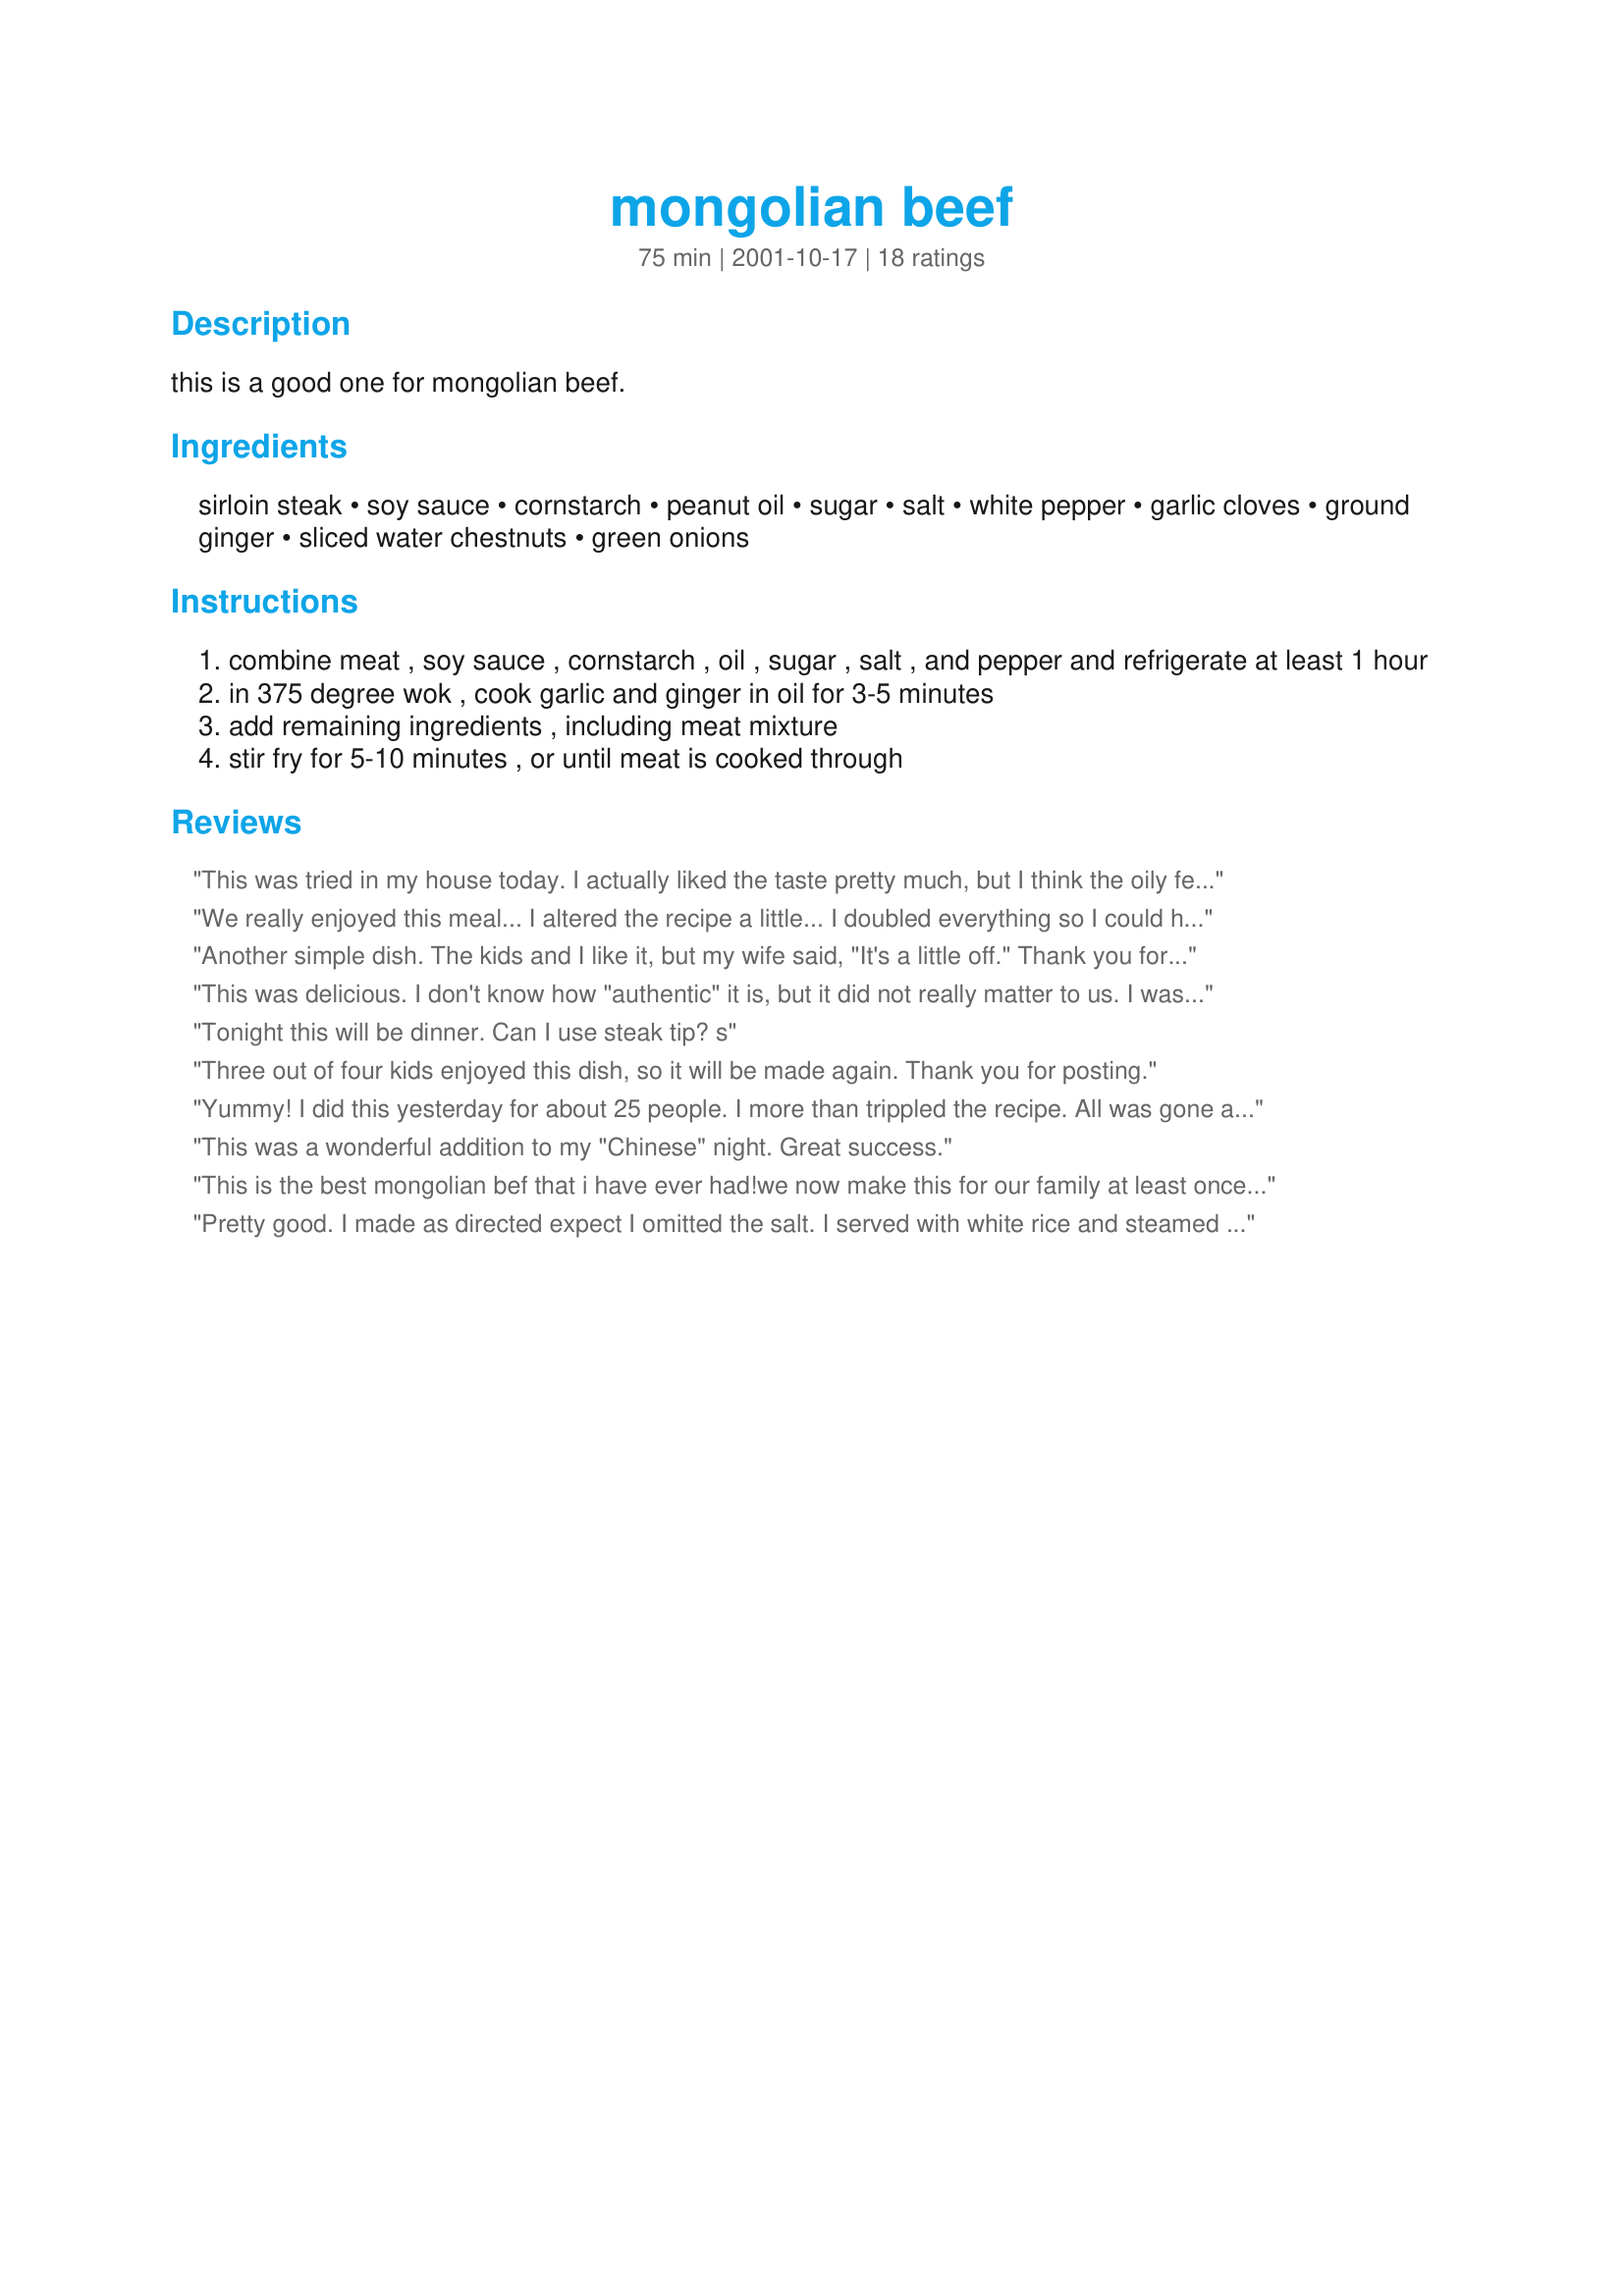
mongolian beef
Preparation time: 75 minutes

this is a good one for mongolian beef.

Ingredients:
sirloin steak, soy sauce, cornstarch, peanut oil, sugar, salt, white pepper, garlic cloves, ground ginger, sliced water chestnuts, green onions

Steps:
combine meat , soy sauce , cornstarch , oil , sugar , salt , and pepper and refrigerate at least 1 hour
in 375 degree wok , cook garlic and ginger in oil for 3-5 minutes
add remaining ingredients , including meat mixture
stir fry for 5-10 minutes , or until meat is cooked through

Reviews:
This was tried in my house today. I actually liked the taste pretty much, but I think the oily feeling got into me, even though I reduced it to 1 tbsp of oil while marinating. Instead of using water chestnuts we used steamed potatoes, carrots and onions. Instead of ground ginger, we used fresh ones, finely chopped, for the authentic flavour. Thank you very much!
We really enjoyed this meal... I altered the recipe a little... I doubled everything so I could have left-overs except I added steamed vegetables to it during the frying process... awesomeness
Another simple dish. The kids and I like it, but my wife said, "It's a little off." Thank you for sharing.
This was delicious. I don't know how "authentic" it is, but it did not really matter to us. I was amazed with the flavor these few simple ingredients gave to this dish. You can't go wrong with this recipe.
Tonight this will be dinner. Can I use steak tip? s
Three out of four kids enjoyed this dish, so it will be made again. Thank you for posting.
Yummy!
I did this yesterday for about 25 people. I more than trippled the recipe. All was gone and the recipe was highly requested. Thankyou!
This was a wonderful addition to my "Chinese" night. Great success.
This is the best mongolian bef that i have ever had!we now make this for our family at least once a month and others are always asking for this recipe.
Pretty good. I made as directed expect I omitted the salt. I served with white rice and steamed broccoli for a rounded meal. Thanks, DH has another meal he likes.
Excellent! Made my hubby very happy, and the kids and I liked it as well. I agree with Heidi, though - I think next time I'll leave out the salt. The soy sauce covers that pretty well. I may also add a dash of Mongolian Fire Oil, for a little more kick, but only for the grown-ups ;-)
Suggestion: never use ground ginger in stir frying Chinese dishes! It's completely different from fresh ginger root and alters the taste of the dish severely! (By all means use the powdered variety for baking ). 

Fresh ginger is readily available at supermarkets and produce stores. It keeps for many months if you peel it, slice it and refrigerate it in a container with a good lid covered with dry sherry. Do that and you won't have to contend with dried ginger.
This was really delicious. It was so easy and it tasted GREAT! I think the sesame oil is a must.I used brown sugar and minced ginger. I simmered rice in it until it was done. Yum, yum. — Mar 24, 2005

This was very good and easy and I will definitely make again. I used sesame oil in the marinade and vegetable oil to cook. I used 2 tsp of bottled minced ginger and I do not think it was enough. I used 8 scallions but wanted more so next time I will double them. Delicious and even the kids liked it!
This was a dish enjoyed by all. Next time I make it I am leaving out the salt.
This was a very easy recipe to make. Everyone in the family enjoyed it. I kept thinking there was something missing to make it a little spicier. I'll probably make this again. I love easy recipes that taste good!
This is fairly close to the Mongolian Beef I've enjoyed in various restaurants. I would say that generally I'm not that fond of foods which combine a sweet sauce with meat, but Mongolian Beef is an exception - and in the case of this recipe, the sauce wasn't quite as sweet as I've become accustomed to. Easily enough fixed when we fix it again in the future, perhaps by using a bit of hoisin or brown sugar. Overall, the recipe was quite tasty! :)
Okay this was awesome! Maybe to awesome, I ate way to much! I added 1 Tbsp of sugar instead of 2 tsps. I only added 1 tbsp of oil to marinade and none to stir fry (used non-stick pan) but I did use spray oil before I started cooking. I also made the stir fry in the morning and let marinate all day. I only added the green onions as that is how my favorite resturant serves this dish. But our family loved it! A new standard for our home. Thanks for posting this recipe :)
